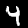
Digit: 4